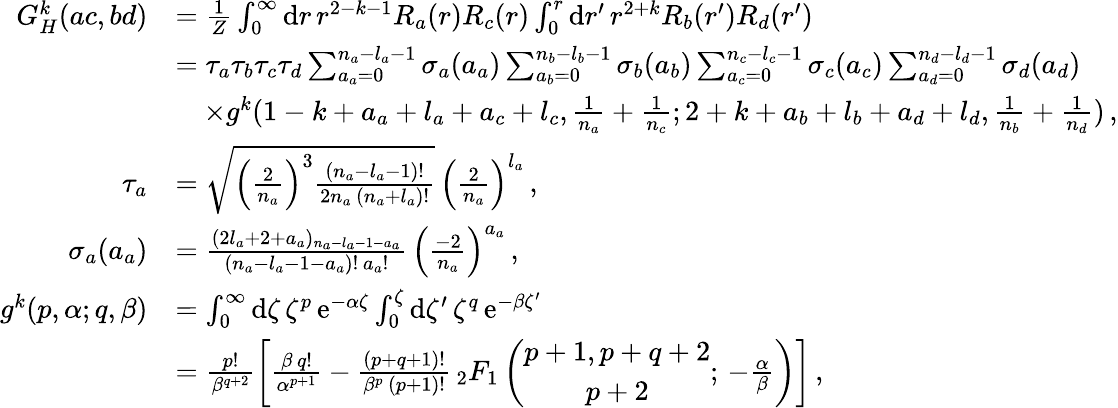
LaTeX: \begin{array}{rl}{G_{H}^{k}(ac,bd)}&{=\frac{1}{Z}\int_{0}^{\infty}\mathrm{d}r\, r^{2-k-1}R_{a}(r)R_{c}(r)\int_{0}^{r}\mathrm{d}r^{\prime}\, r^{2+k}R_{b}(r^{\prime})R_{d}(r^{\prime})}\\ &{=\tau_{a}\tau_{b}\tau_{c}\tau_{d}\sum_{a_{a}=0}^{n_{a}-l_{a}-1}\sigma_{a}(a_{a})\sum_{a_{b}=0}^{n_{b}-l_{b}-1}\sigma_{b}(a_{b})\sum_{a_{c}=0}^{n_{c}-l_{c}-1}\sigma_{c}(a_{c})\sum_{a_{d}=0}^{n_{d}-l_{d}-1}\sigma_{d}(a_{d})}\\ &{\quad\times g^{k}(1-k+a_{a}+l_{a}+a_{c}+l_{c},\frac{1}{n_{a}}+\frac{1}{n_{c}};2+k+a_{b}+l_{b}+a_{d}+l_{d},\frac{1}{n_{b}}+\frac{1}{n_{d}})\, ,}\\ {\tau_{a}}&{=\sqrt{\left(\frac{2}{n_{a}}\right)^{3}\frac{(n_{a}-l_{a}-1)!}{2n_{a}\, (n_{a}+l_{a})!}}\, \left(\frac{2}{n_{a}}\right)^{l_{a}}\, ,}\\ {\sigma_{a}(a_{a})}&{=\frac{(2l_{a}+2+a_{a})_{n_{a}-l_{a}-1-a_{a}}}{(n_{a}-l_{a}-1-a_{a})!\, a_{a}!}\, \left(\frac{-2}{n_{a}}\right)^{a_{a}}\, ,}\\ {g^{k}(p,\alpha;q,\beta)}&{=\int_{0}^{\infty}\mathrm{d}\zeta\, \zeta^{p}\, \mathrm{e}^{-\alpha\zeta}\int_{0}^{\zeta}\mathrm{d}\zeta^{\prime}\, \zeta^{q}\, \mathrm{e}^{-\beta\zeta^{\prime}}}\\ &{=\frac{p!}{\beta^{q+2}}\left[\frac{\beta\, q!}{\alpha^{p+1}}-\frac{(p+q+1)!}{\beta^{p}\, (p+1)!}\, {_2F_{1}}\left(\begin{array}{c}{p+1,p+q+2}\\ {p+2}\end{array};\, -\frac{\alpha}{\beta}\right)\right]\, ,}\end{array}